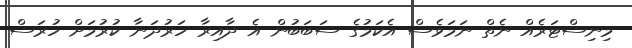
މިނިސްޓަރެއް ނެތް ނަމަވެސް އެކަމުގެ ސަބަބުން އެ ދާއިރާ ހަރުދަނާ ކުރުމަށް ހުރަސް